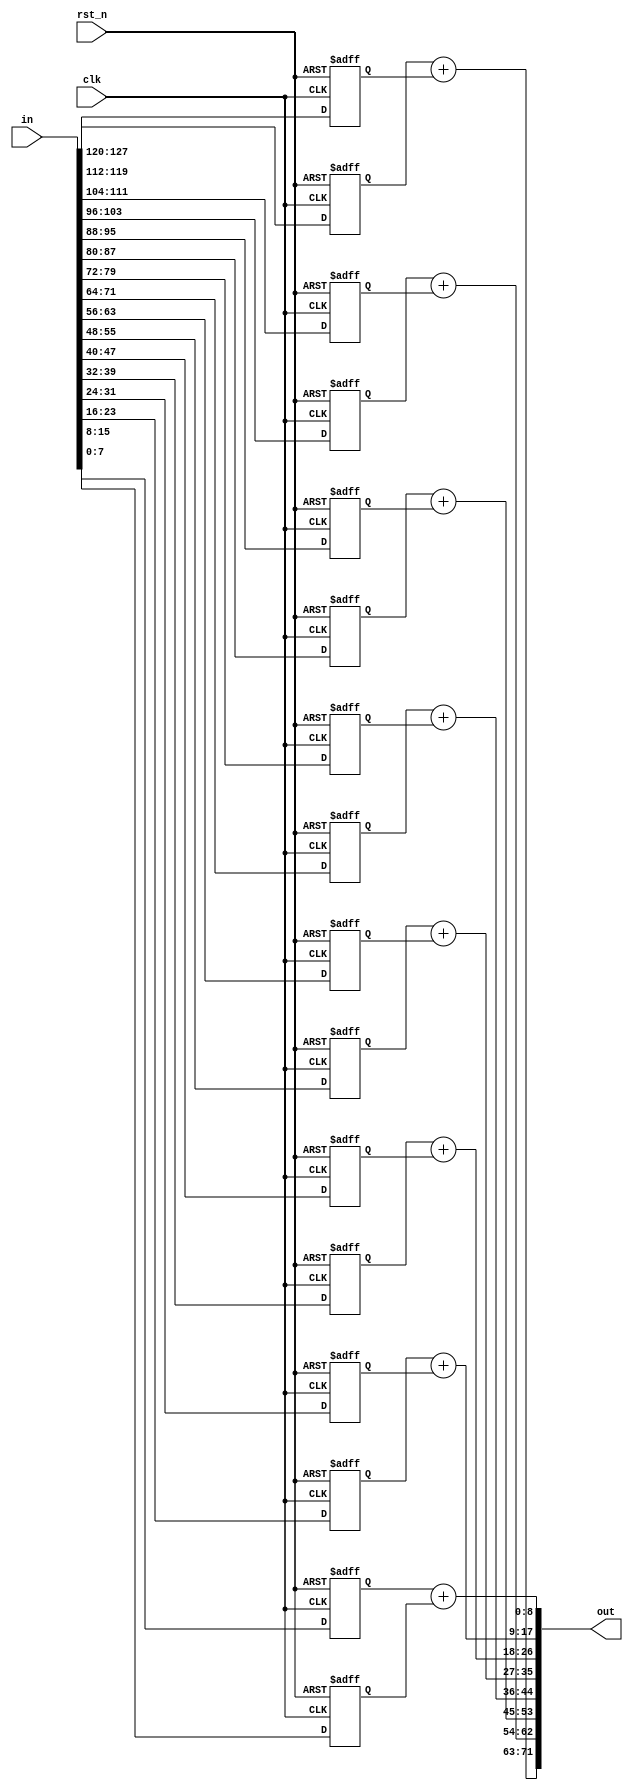
`timescale 1ns/1ps
`default_nettype none
module adder_tree
#(
  parameter WORD_SIZE = 8,
  parameter BANK_SIZE = 16
) (
  input  wire                               clk,
  input  wire                               rst_n,
  input  wire [WORD_SIZE*BANK_SIZE-1:0]     in,
  output wire [(WORD_SIZE+1)*(BANK_SIZE/2)-1:0] out
);

genvar i;

reg  [WORD_SIZE-1:0] ireg [0:BANK_SIZE-1];
wire [WORD_SIZE:0]   owire [0:BANK_SIZE/2-1];

generate // unpack
for (i = 0; i < BANK_SIZE; i = i + 1) begin : PACKING
  always @(posedge clk or negedge rst_n) begin
    if (~rst_n)
      ireg[i] <= 0;
    else
      ireg[i] <= in[(i+1)*WORD_SIZE-1:i*WORD_SIZE];
  end
end
endgenerate // unpack

generate
for (i = 0; i < BANK_SIZE/2; i = i + 1) begin : ADDER_TREE
  assign owire[i] = ireg[i*2] + ireg[i*2+1];
end
endgenerate

generate // pack
for (i = 0; i < BANK_SIZE/2; i = i + 1) begin : UNPACKING
  assign out[(i+1)*(WORD_SIZE+1)-1:i*(WORD_SIZE+1)] = owire[i];
end
endgenerate // pack

endmodule
`default_nettype wire